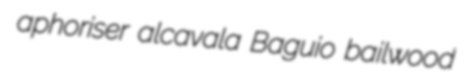
aphoriser alcavala Baguio bailwood